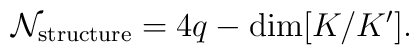
{\cal N}_{\rm structure} = 4q- {\rm dim}[K/K'].